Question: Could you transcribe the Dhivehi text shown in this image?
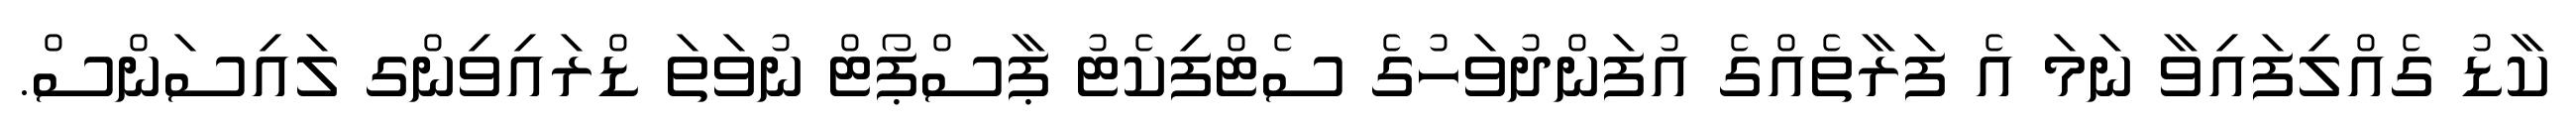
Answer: ކާޑު ގެއްލިފައިވާ ނަމަ އެ ފަރާތެއްގެ އުފަންދުވަހުގެ ސެޓްފިކެޓު ޕާސްޕޯޓް ނުވަތަ ޑްރައިވިންގ ލައިސަންސް.